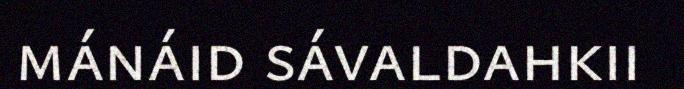
mánáid sávaldahkii